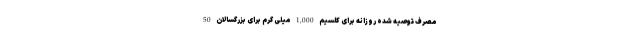
مصرف توصیه شده روزانه برای کلسیم 1,000 میلی گرم برای بزرگسالان 50